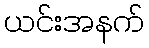
ယင်းအနက်